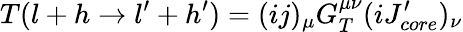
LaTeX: T(l+h\to l^{\prime}+h^{\prime})=(ij)_{\mu}G_{T}^{\mu\nu}(iJ_{core}^{\prime})_{\nu}